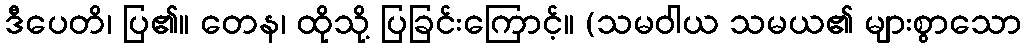
ဒီပေတိ၊ ပြ၏။ တေန၊ ထိုသို့ ပြခြင်းကြောင့်။ (သမဝါယ သမယ၏ များစွာသော